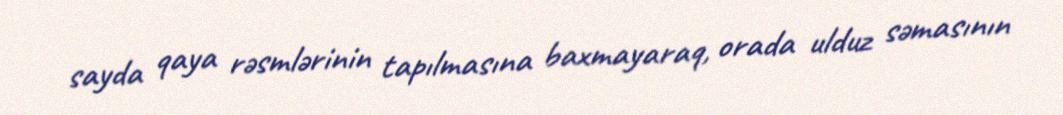
sayda qaya rəsmlərinin tapılmasına baxmayaraq, orada ulduz səmasının